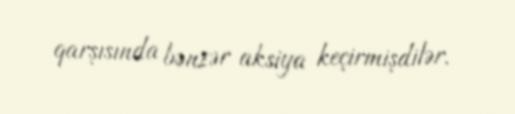
qarşısında bənzər aksiya keçirmişdilər.